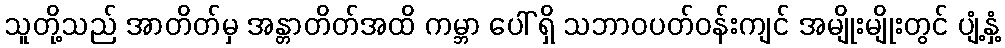
သူတို့သည် အာတိတ်မှ အန္တာတိတ်အထိ ကမ္ဘာ ပေါ် ရှိ သဘာဝပတ်ဝန်းကျင် အမျိုးမျိုးတွင် ပျံ့နှံ့